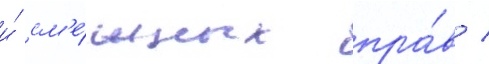
и́ см'е́жных пра́в /